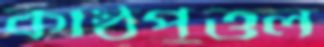
কাষ্ঠপুত্তল